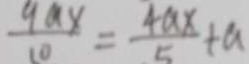
\frac { 9 a x } { 1 0 } = \frac { 4 a x } { 5 } + a